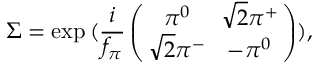
\Sigma = \exp \, ( \frac { i } { f _ { \pi } } \left( \! \! \begin{array} { c c } { { \pi ^ { 0 } \! } } & { { \! \sqrt 2 \pi ^ { + } } } \\ { { \sqrt 2 \pi ^ { - } \! } } & { { \! - \pi ^ { 0 } } } \end{array} \! \! \right) ) ,